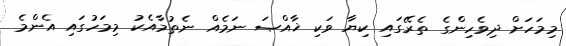
މިމަހަށް ދިވެހިންގެ ތެރޭގައި ކިޔާ ވަކި ޚާއްޞަ ނަމެއް ނެތުމާއެކު މިމަހުގައި އެންމެ